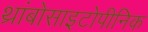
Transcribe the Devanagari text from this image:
थ्रांबोसाइटोपीनिक